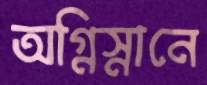
অগ্নিস্নানে